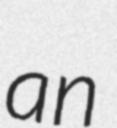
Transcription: an